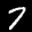
Label: 7